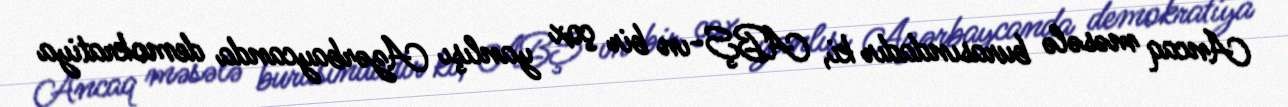
Ancaq məsələ burasındadır ki, ABŞ-ın bir çox yanlışı Azərbaycanda demokratiya